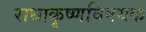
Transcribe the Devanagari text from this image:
राधाकृष्णविषयक